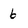
Character: 6